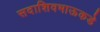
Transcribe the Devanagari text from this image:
सदाशिवभाऊकडे